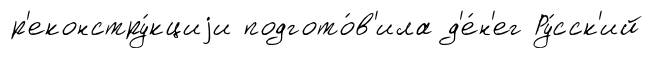
р'еконстру́кциjи подгото́в'ила д'е́н'ег Ру́сск'ий